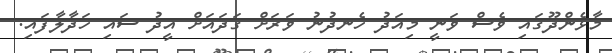
މާޅެންދޫގައި ވެސް ވަނީ މިއަދު ހެނދުނު ވަރަށް ގަދައަށް އީދު ސައި ހަދާލާފައި.